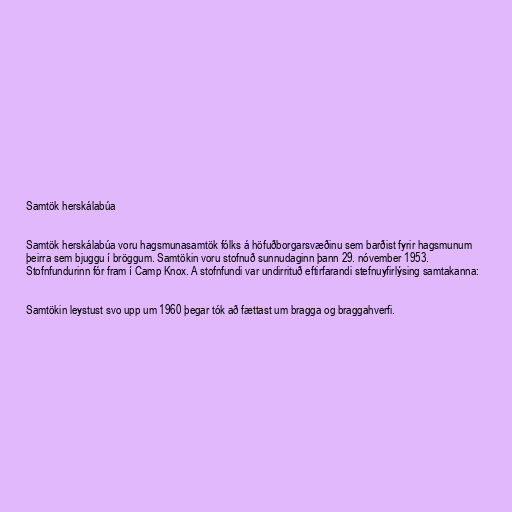
Samtök herskálabúa

Samtök herskálabúa voru hagsmunasamtök fólks á höfuðborgarsvæðinu sem barðist fyrir hagsmunum
þeirra sem bjuggu í bröggum. Samtökin voru stofnuð sunnudaginn þann 29. nóvember 1953.
Stofnfundurinn fór fram í Camp Knox. A stofnfundi var undirrituð eftirfarandi stefnuyfirlýsing samtakanna:

Samtökin leystust svo upp um 1960 þegar tók að fættast um bragga og braggahverfi.